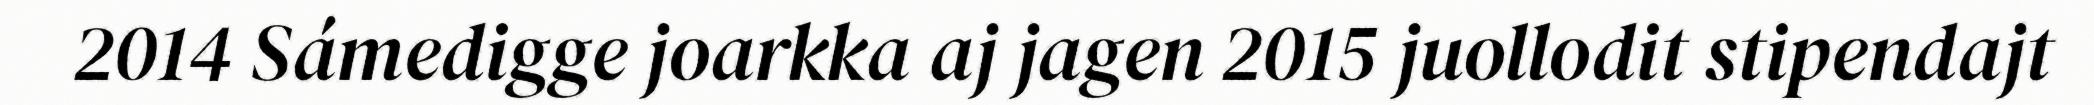
2014 Sámedigge joarkka aj jagen 2015 juollodit stipendajt